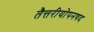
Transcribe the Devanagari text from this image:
तैत्तरीयोपनषद